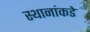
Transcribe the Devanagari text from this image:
स्थानांकडे